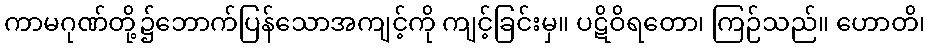
ကာမဂုဏ်တို့၌ဘောက်ပြန်သောအကျင့်ကို ကျင့်ခြင်းမှ။ ပဋိဝိရတော၊ ကြဉ်သည်။ ဟောတိ၊